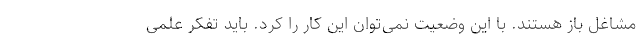
مشاغل باز هستند. با این وضعیت نمی‌توان این کار را کرد. باید تفکر علمی